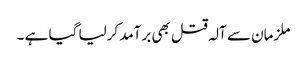
ملزمان سے آلہ قتل بھی برآمد کرلیا گیا ہے ۔